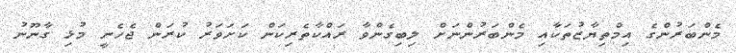
މެންބަރުންގެ އިމްތިޔާޒުތަކާއި މެންބަރުންނަށް ލިބިގެންވާ ރައްކާތެރިކަން ކަށަވަރު ކުރަން ޖެހެނީ މުޅި ގާނޫނު